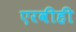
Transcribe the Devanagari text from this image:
एरवीही